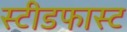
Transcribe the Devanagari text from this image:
स्टीडफास्ट